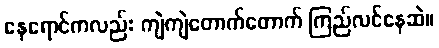
နေရောင်ကလည်း ကျဲကျဲတောက်တောက် ကြည်လင်နေဆဲ။